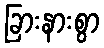
ခြားနားစွာ